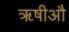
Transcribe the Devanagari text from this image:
ॠषीऔ